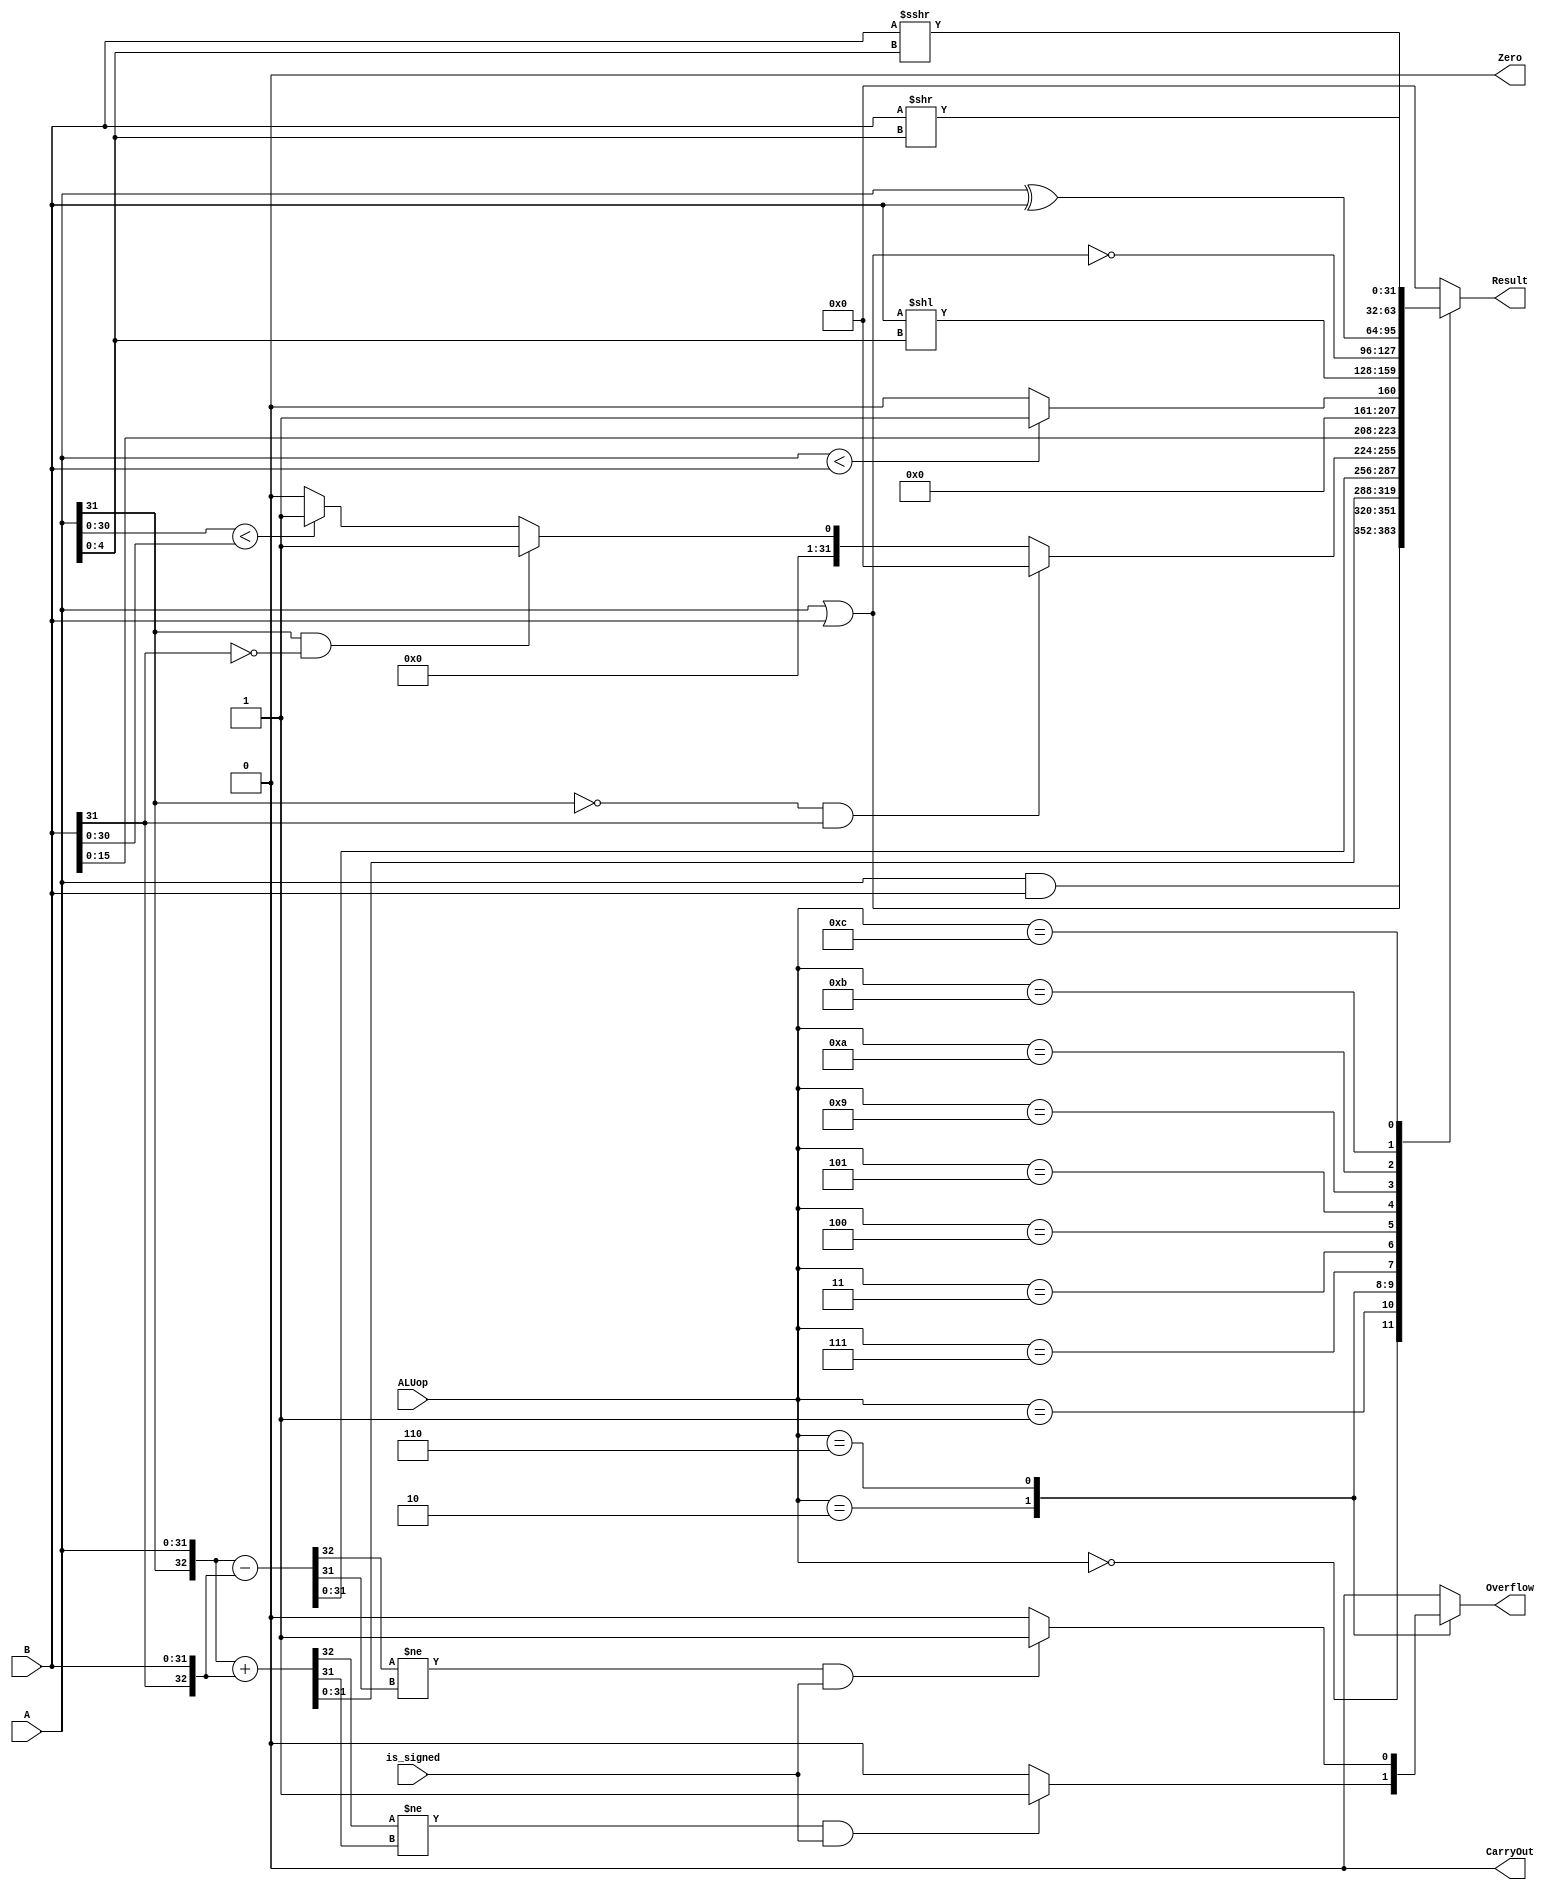
/*----------------------------------------------------------------*
// Description   :  5 pipelined CPU alu part
// Created Time  :  2017-10-11 21:04:12
// Modified Time :  2017-11-17 17:35:21
//----------------------------------------------------------------*/

`timescale 10ns / 1ns

`define DATA_WIDTH 32

module ALU(
    input  wire [`DATA_WIDTH - 1:0] A,
    input  wire [`DATA_WIDTH - 1:0] B,
    input  wire [              3:0] ALUop,
    input  wire                     is_signed,
    output reg                      Overflow,
    output reg                      CarryOut,
    output reg                      Zero,
    output reg  [`DATA_WIDTH - 1:0] Result
  );
    reg temp;
    parameter [3:0] 
        AND          = 4'b0000,
        OR           = 4'b0001,
        ADD          = 4'b0010,
        LF_16        = 4'b0011,
        UNSIGNED_SLT = 4'b0100,
        SLL          = 4'b0101,
        SUB          = 4'b0110,
        SIGNED_SLT   = 4'b0111,
        NOR          = 4'b1001,
        XOR          = 4'b1010,
        SRA          = 4'b1011,
        SRL          = 4'b1100;

    always @(*) begin
      case(ALUop)
        AND: begin
              Result = A & B;
              {Overflow,CarryOut,Zero,temp} = 'd0;
             end

        OR:  begin
              Result = A | B;
              {Overflow,CarryOut,Zero,temp} = 'd0;
             end

        ADD:  begin
               {CarryOut,Result} = {A[31],A} + {B[31],B};

               if((CarryOut != Result[31]) && (is_signed == 1))
                   Overflow = 1'b1;
               else 
                   Overflow = 1'b0;

               {CarryOut,Zero,temp} = 'd0;
              end    
                  
        SUB:  begin
               {CarryOut,Result} = {A[31],A} - {B[31],B};
              
               if((CarryOut != Result[31]) && (is_signed == 1))
                   Overflow = 1'b1;
               else 
                   Overflow = 1'b0;    

               {CarryOut,Zero,temp} = 'd0;
              end

        SIGNED_SLT :  begin   //signed
                    if (A[`DATA_WIDTH - 2:0] < B[`DATA_WIDTH - 2:0]) 
                       temp = 1;
                    else 
                       temp = 0;
                    if(~A[`DATA_WIDTH - 1] && B[`DATA_WIDTH - 1])
                        Result = 0;
                    else  begin
                      if(A[`DATA_WIDTH - 1] && ~B[`DATA_WIDTH - 1])
                        Result = 1;
                      else
                        Result = temp;                      
                    end
                    {CarryOut,Zero,Overflow,temp} = 0;             
                  end
      
        LF_16   : begin
                  Result = {B[15:0],16'd0};
                  {Overflow,CarryOut,Zero,temp} = 'd0;
                  end    

        UNSIGNED_SLT :  begin
                  Result = A < B ? 32'd1 : 32'd0;
                  {Overflow,CarryOut,Zero,temp} = 'd0;
                  end      

        SLL    :  begin // sll
                  Result = B << (A[4:0]);
                  {Overflow,CarryOut,Zero,temp} = 'd0;
                  end    

        NOR    :  begin
                  Result = ~(A | B);
                  {Overflow,CarryOut,Zero,temp} = 'd0;
                  end 

        XOR    :  begin
                  Result = A ^ B;
                  {Overflow,CarryOut,Zero,temp} = 'd0;
                  end  

        SRA    :  begin
                  Result = $signed(B) >>> A[4:0];
                  {Overflow,CarryOut,Zero,temp} = 'd0;
                  end  

        SRL    :  begin
                  Result = B >> A[4:0];
                  {Overflow,CarryOut,Zero,temp} = 'd0;
                  end
                    
        default : begin      
                  {Overflow,CarryOut,Zero,temp,Result} = 'd0;                       
                  end
      endcase
    end

endmodule // ALU